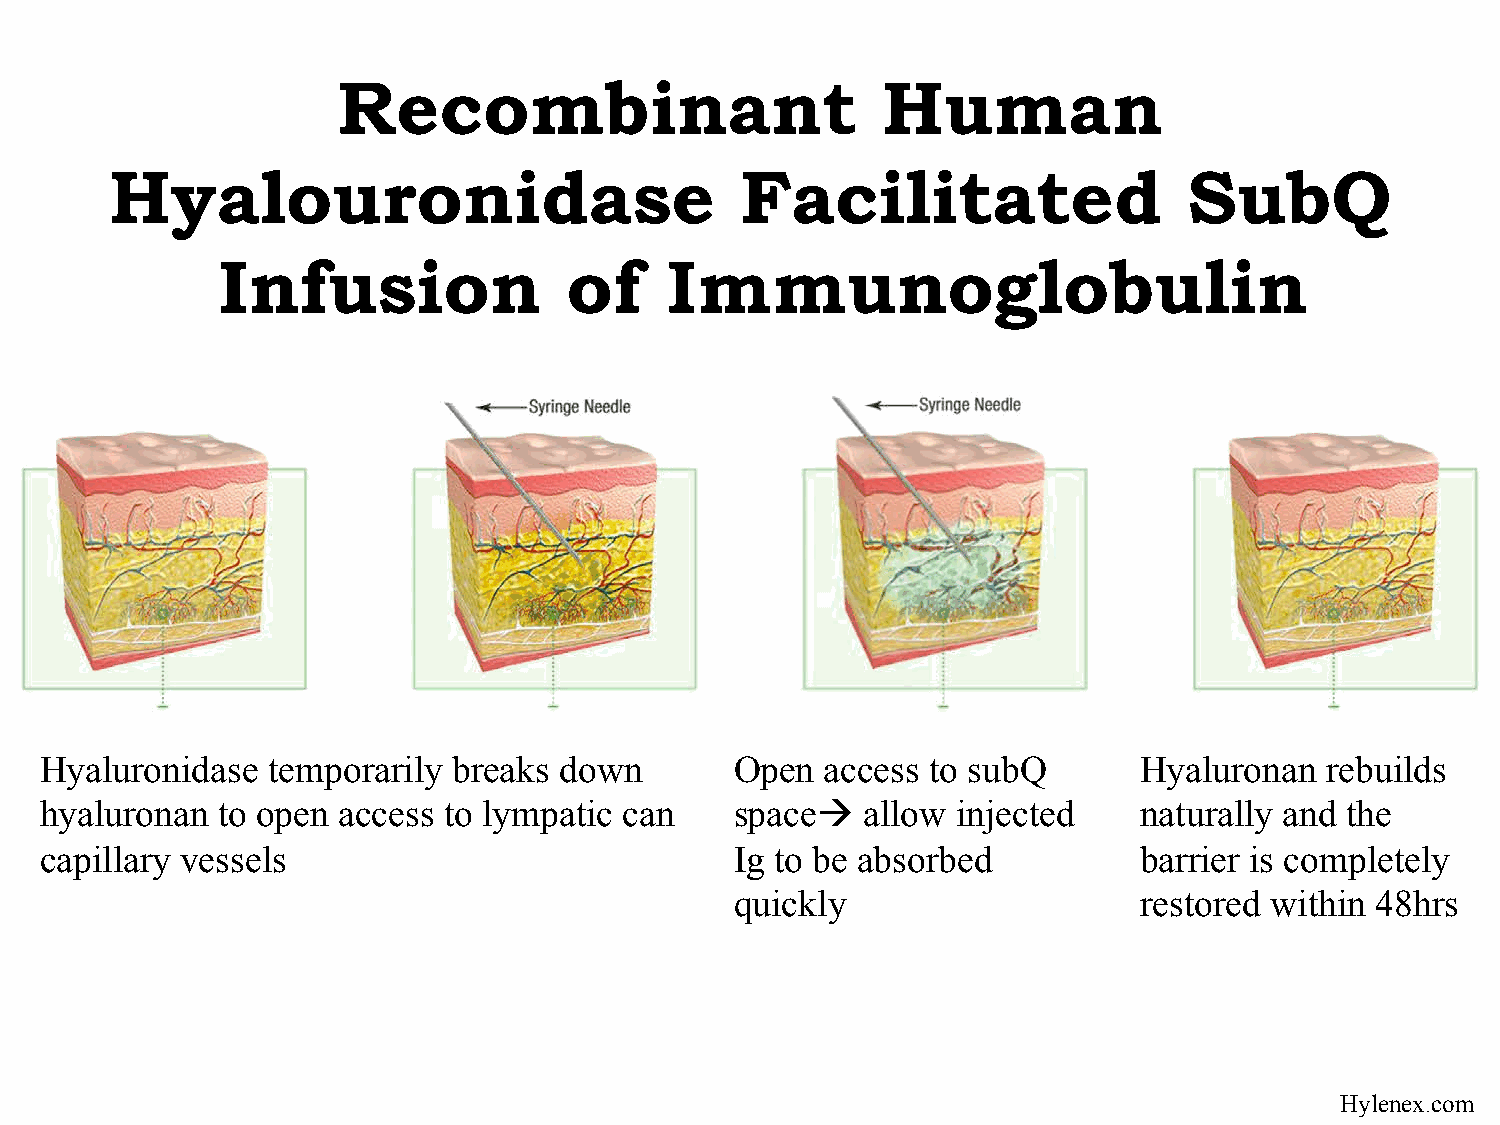
Recombinant                         Human
 Hyalouronidase                            Facilitated                   SubQ
 Infusion               of     Immunoglobulin
 Hyaluronidase  temporarily breaks down        Open  access to subQ      Hyaluronan   rebuilds
 hyaluronan to open access to lympatic can     spaceà allow injected    naturally and the
 capillary vessels                             Ig to be absorbed         barrier is completely
 quickly                   restored within 48hrs
 Hylenex.com